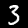
Digit: 3